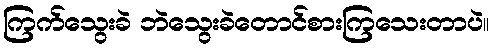
ကြက်သွေးခဲ ဘဲသွေးခဲတောင်စားကြသေးတာပဲ။